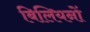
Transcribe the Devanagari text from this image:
बिलियनों